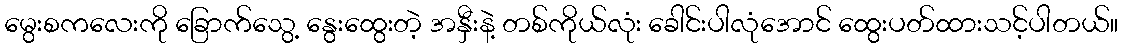
မွေးစကလေးကို ခြောက်သွေ့ နွေးထွေးတဲ့ အနှီးနဲ့ တစ်ကိုယ်လုံး ခေါင်းပါလုံအောင် ထွေးပတ်ထားသင့်ပါတယ်။